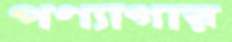
পণ্যাগার